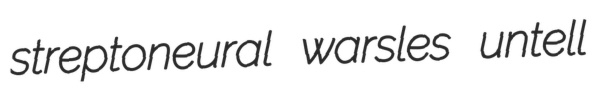
streptoneural warsles untell